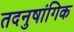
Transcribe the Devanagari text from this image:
तदनुषांगिक